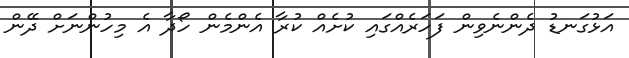
އަޅުގަނޑު ދެންނެވިން ފަހަރެއްގައި ކުށެއް ކުރާ އެންމެން ހޯދާ އެ މިހުންނަށް ދޭން